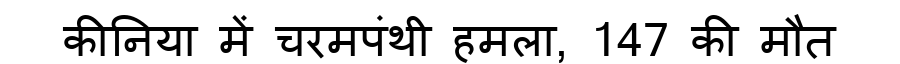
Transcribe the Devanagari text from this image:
कीनिया में चरमपंथी हमला, 147 की मौत